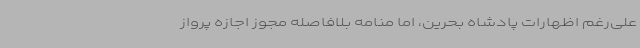
علی‌رغم اظهارات پادشاه بحرین، اما منامه بلافاصله مجوز اجازه پرواز